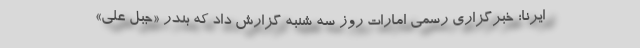
ایرنا؛ خبرگزاری رسمی امارات روز سه شنبه گزارش داد که بندر «جبل علی»